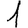
Digit: 1